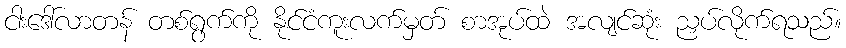
ငါးဒေါ်လာတန် တစ်ရွက်ကို နိုင်ငံကူးလက်မှတ် စာအုပ်ထဲ အလျင်ဆုံး ညှပ်လိုက်ရသည်။